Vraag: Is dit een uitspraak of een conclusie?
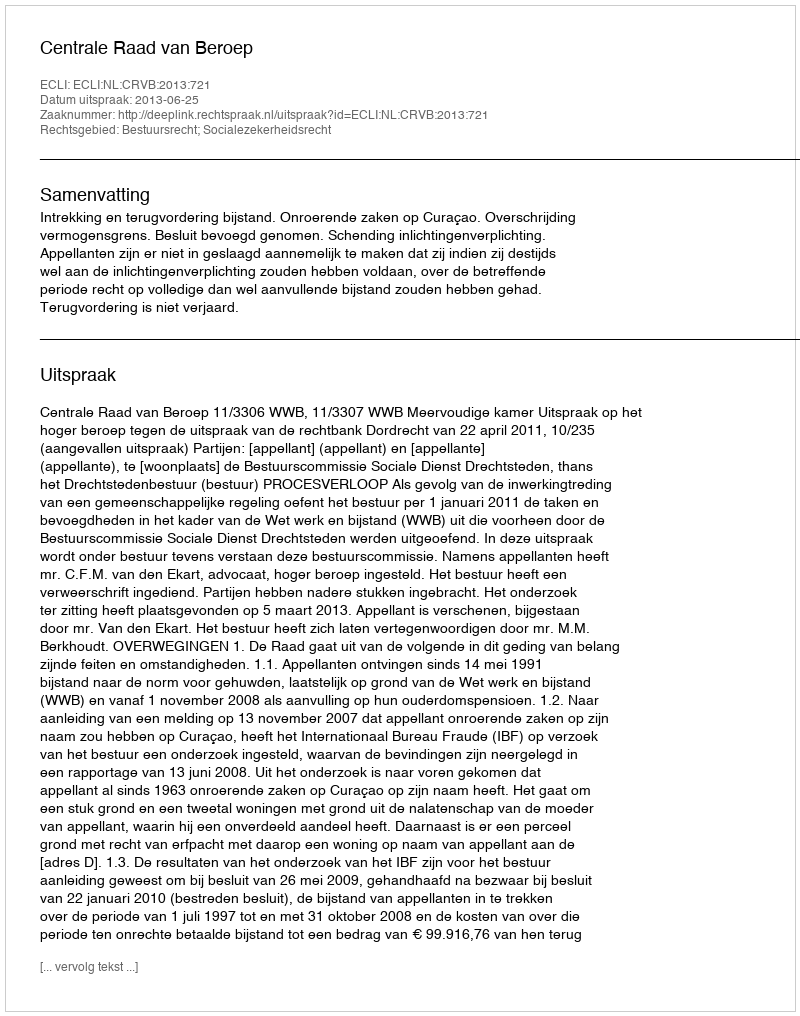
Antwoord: Uitspraak